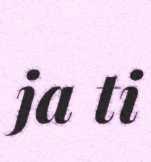
ja ti